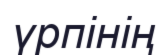
үрпінің